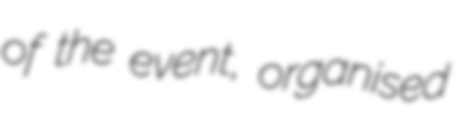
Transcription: of the event, organised